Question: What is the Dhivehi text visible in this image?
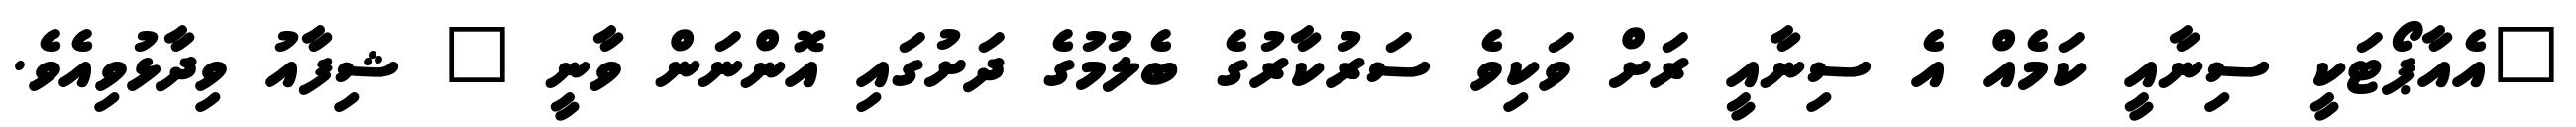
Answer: "އެއާޕޯޓަކީ ސިނާއީ ކަމެއް އެ ސިނާއީ ރަށް ވަކިވެ ސަރުކާރުގެ ބެލުމުގެ ދަށުގައި އޮންނަން ވާނީ " ޝިފާއު ވިދާޅުވިއެވެ.